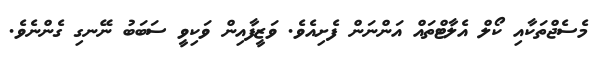
މެސެޖްތަކާއި ކޯލް އެލާޓްތައް އަންނަން ފެށިއެވެ. ވަޒީފާއިން ވަކިވީ ސަބަބު ނޭނގި ގެންނެވެ.